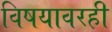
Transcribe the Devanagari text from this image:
विषयावरही